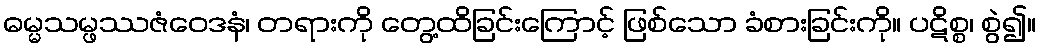
ဓမ္မသမ္ဖဿဇံဝေဒနံ၊ တရားကို တွေ့ထိခြင်းကြောင့် ဖြစ်သော ခံစားခြင်းကို။ ပဋိစ္စ၊ စွဲ၍။